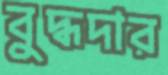
বুদ্ধদার